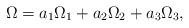
LaTeX: \begin{align*}\Omega &= a_1 \Omega_1+ a_2 \Omega_2+ a_3 \Omega_3,\end{align*}